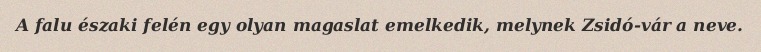
A falu északi felén egy olyan magaslat emelkedik, melynek Zsidó-vár a neve.